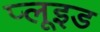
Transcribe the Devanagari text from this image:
प्लूइड